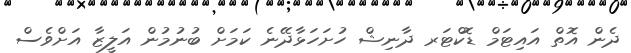
ދެން އޮތް އައިޓަމް ޑޮކްޓަރ ދާނިޝް ހުށަހަޅާދޭނެ ކަމަށް ބުނުމުން އަލީޒާ އަށްވެސް